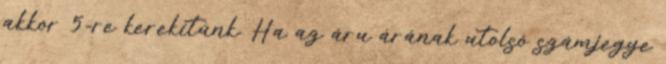
akkor 5-re kerekítünk. Ha az áru árának utolsó számjegye